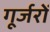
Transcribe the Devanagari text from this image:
गूर्जरों